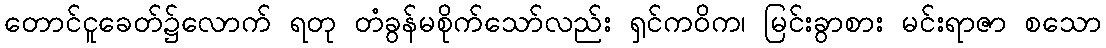
တောင်ငူခေတ်၌လောက် ရတု တံခွန်မစိုက်သော်လည်း ရှင်ကဝိက၊ မြင်းခွာစား မင်းရာဇာ စသော